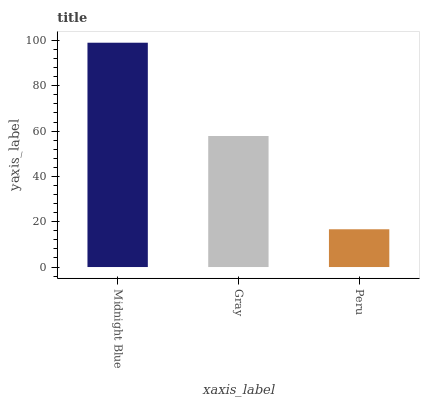
| xaxis_label | bars |
 | --- | --- |
 | Midnight Blue | 99 |
 | Gray | 57.8 |
 | Peru | 16.7 |